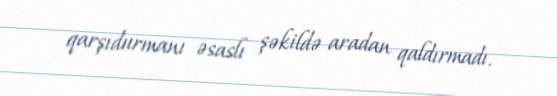
qarşıdurmanı əsaslı şəkildə aradan qaldırmadı.